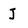
Character: J